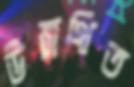
উন্মথিত